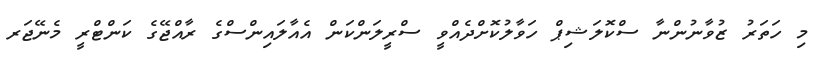
މި ހަތަރު ޒުވާނުންނާ ސްކޮލަޝިޕް ހަވާލުކޮށްދެއްވީ ސްރީލަންކަން އެއާލައިންސްގެ ރާއްޖޭގެ ކަންޓްރީ މެނޭޖަރ